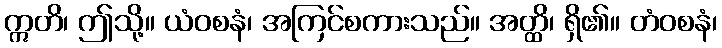
ဣတိ၊ ဤသို့။ ယံဝစနံ၊ အကြင်စကားသည်။ အတ္ထိ၊ ရှိ၏။ တံဝစနံ၊